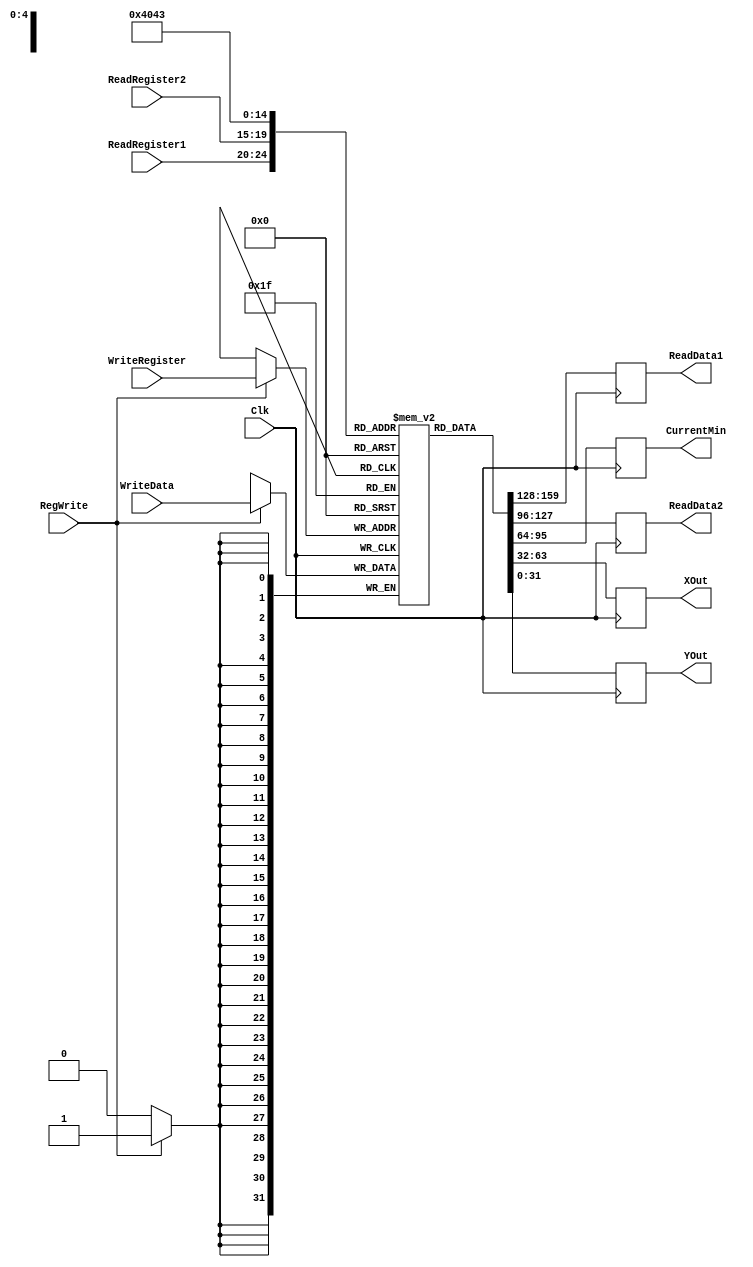
`timescale 1ns / 1ps

////////////////////////////////////////////////////////////////////////////////
// ECE369 - Computer Architecture
// 
//
//
// Student(s) Name and Last Name:   Derek McMullen
//                                  Brett Bushnell
//
//
// Module - register_file.v
// Description - Implements a register file with 32 32-Bit wide registers.
//
// 
// INPUTS:-
// ReadRegister1: 5-Bit address to select a register to be read through 32-Bit 
//                output port 'ReadRegister1'.
// ReadRegister2: 5-Bit address to select a register to be read through 32-Bit 
//                output port 'ReadRegister2'.
// WriteRegister: 5-Bit address to select a register to be written through 32-Bit
//                input port 'WriteRegister'.
// WriteData: 32-Bit write input port.
// RegWrite: 1-Bit control input signal.
//
// OUTPUTS:-
// ReadData1: 32-Bit registered output. 
// ReadData2: 32-Bit registered output. 
//
// FUNCTIONALITY:-
// 'ReadRegister1' and 'ReadRegister2' are two 5-bit addresses to read two 
// registers simultaneously. The two 32-bit data sets are available on ports 
// 'ReadData1' and 'ReadData2', respectively. 'ReadData1' and 'ReadData2' are 
// registered outputs (output of register file is written into these registers 
// at the falling edge of the clock). You can view it as if outputs of registers
// specified by ReadRegister1 and ReadRegister2 are written into output 
// registers ReadData1 and ReadData2 at the falling edge of the clock. 
//
// 'RegWrite' signal is high during the rising edge of the clock if the input 
// data is to be written into the register file. The contents of the register 
// specified by address 'WriteRegister' in the register file are modified at the 
// rising edge of the clock if 'RegWrite' signal is high. The D-flip flops in 
// the register file are positive-edge (rising-edge) triggered. (You have to use 
// this information to generate the write-clock properly.) 
//
// NOTE:-
// We will design the register file such that the contents of registers do not 
// change for a pre-specified time before the falling edge of the clock arrives 
// to allow for data multiplexing and setup time.
////////////////////////////////////////////////////////////////////////////////

module RegisterFile(ReadRegister1, ReadRegister2, WriteRegister, WriteData, RegWrite, Clk, ReadData1, ReadData2, CurrentMin, XOut, YOut);

	/* Please fill in the implementation here... */
    output reg [31:0] ReadData1;
    output reg [31:0] ReadData2;
    output reg [31:0] CurrentMin, XOut, YOut;
    
    input [4:0] ReadRegister1;
    input [4:0] ReadRegister2;
    input [4:0] WriteRegister;
    input [31:0] WriteData; 
    input RegWrite; 
    input Clk; 
 
    reg [31:0] RegisterBank[31:0];          //32 registers of 32-bit length
    
    initial begin
        RegisterBank[0] <= 32'b0;
        RegisterBank[2] <= 32'b0;
        RegisterBank[3] <= 32'b0; 
    
    end
        
    always @ (posedge Clk)
        begin
            if (RegWrite == 1)
                RegisterBank[WriteRegister] <= WriteData; 
        end
       
    always @ (negedge Clk)
        begin
           ReadData1 <= RegisterBank[ReadRegister1]; 
           ReadData2 <= RegisterBank[ReadRegister2];
           CurrentMin <= RegisterBank[16];
           XOut <= RegisterBank[2];
           YOut <= RegisterBank[3]; 
        end        

endmodule